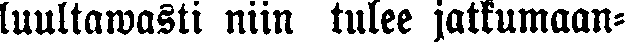
luultawasti niin tulee jatkumaan-